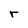
Character: r